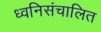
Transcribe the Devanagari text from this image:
ध्वनिसंचालित